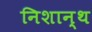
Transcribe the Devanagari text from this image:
निशान्थ